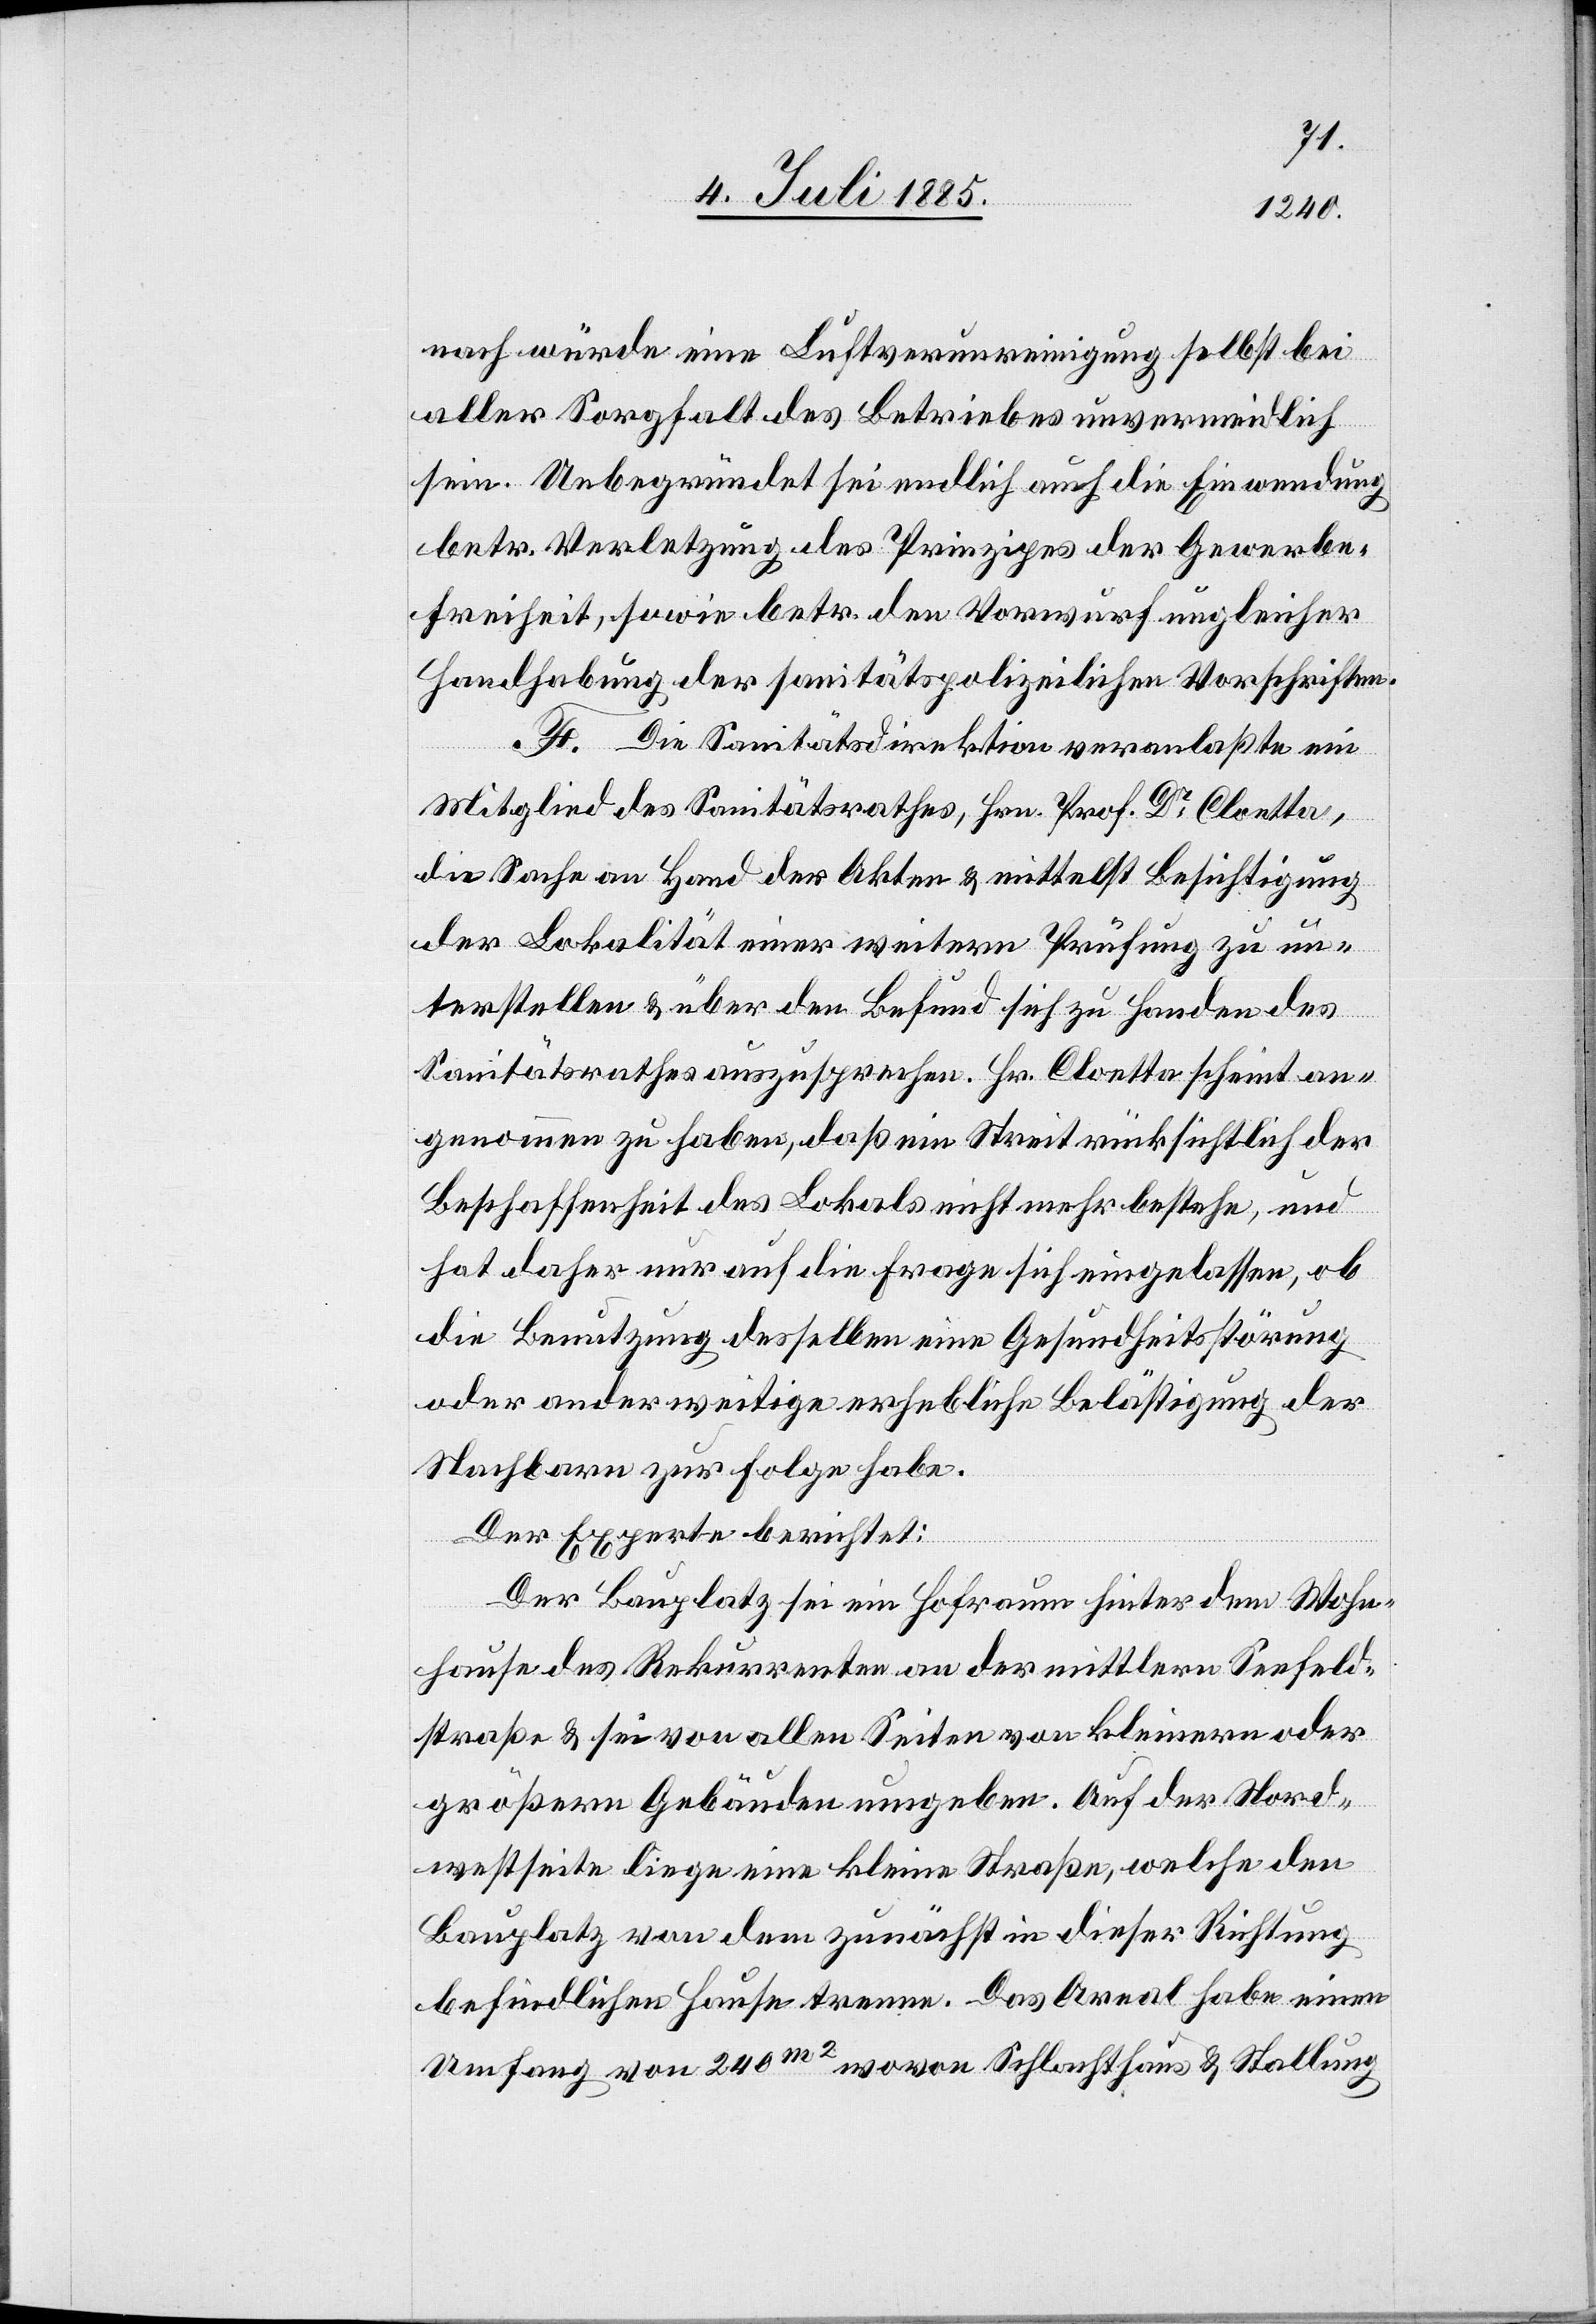
nach würde eine Luftverschmutzung selbst bei
aller Sorgfalt des Betriebes unvermeidlich
sein. Unbegründet sei endlich auch die Einwendung
betr. Verletzung des Prinzipes der Gewerbe¬
freiheit, sowie betr. den Vorwurf ungleicher
Handhabung der sanitätspolizeilichen Vorschriften.
F. Die Sanitätsdirektion veranlaßte ein
Mitglied des Sanitätsrathes, Hrn. Prof. Dr Cloetta,
die Sache an Hand der Akten & mittelst Besichtigung
der Lokalität einer weitern Prüfung zu un¬
terstellen & über den Befund sich zu Handen des
Sanitätsrathes auszusprechen. Hr. Cloetta scheint an¬
genommen zu haben, daß ein Streit rücksichtlich der
Beschaffenheit des Lokals nicht mehr bestehe, und
hat daher nur auf die Frage sich eingelassen, ob
die Benutzung desselben eine Gesundheitsstörung
oder anderweitige erhebliche Belästigung der
Nachbarn zur Folge habe.
Der Experte berichtet:
Der Bauplatz sei ein Hofraum hinter dem Wohn¬
hause des Rekurrenten an der mittlern Seefeld¬
straße & sei von allen Seiten von kleinern oder
größern Gebäuden umgeben. Auf der Nord¬
westseite liege eine kleine Straße, welche den
Bauplatz von dem zunächst in dieser Richtung
befindlichen Hause trenne. Das Areal habe einen
Umfang von 240 m2 wovon Schlachthaus & Stallung